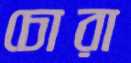
চোরা